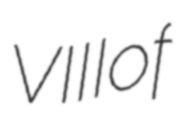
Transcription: VIII of